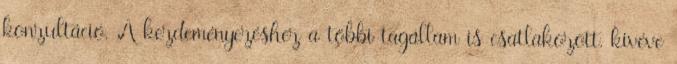
konzultáció. A kezdeményezéshez a többi tagállam is csatlakozott, kivéve